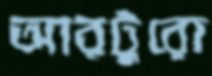
আরটুরো